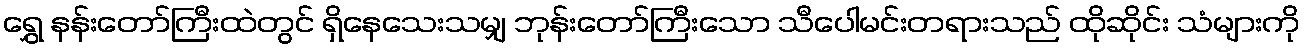
ရွှေ နန်းတော်ကြီးထဲတွင် ရှိနေသေးသမျှ ဘုန်းတော်ကြီးသော သီပေါမင်းတရားသည် ထိုဆိုင်း သံများကို